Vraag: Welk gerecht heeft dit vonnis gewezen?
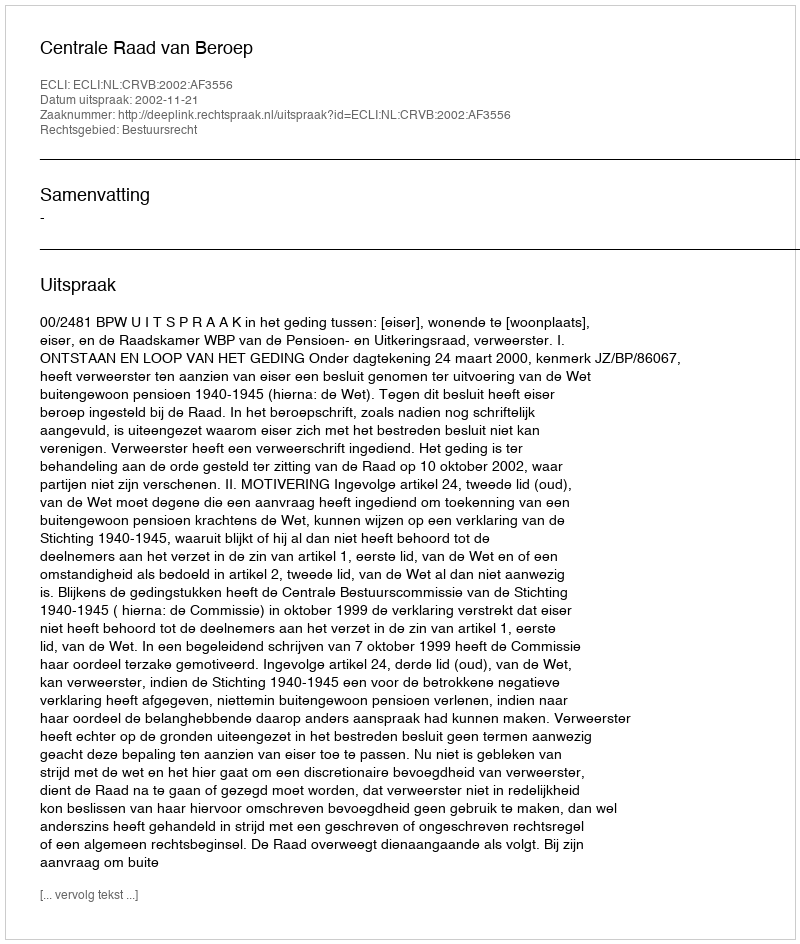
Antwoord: Centrale Raad van Beroep